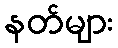
နတ်များ